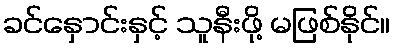
ခင်နှောင်းနှင့် သူနီးဖို့ မဖြစ်နိုင်။